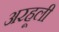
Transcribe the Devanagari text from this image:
अरहूली